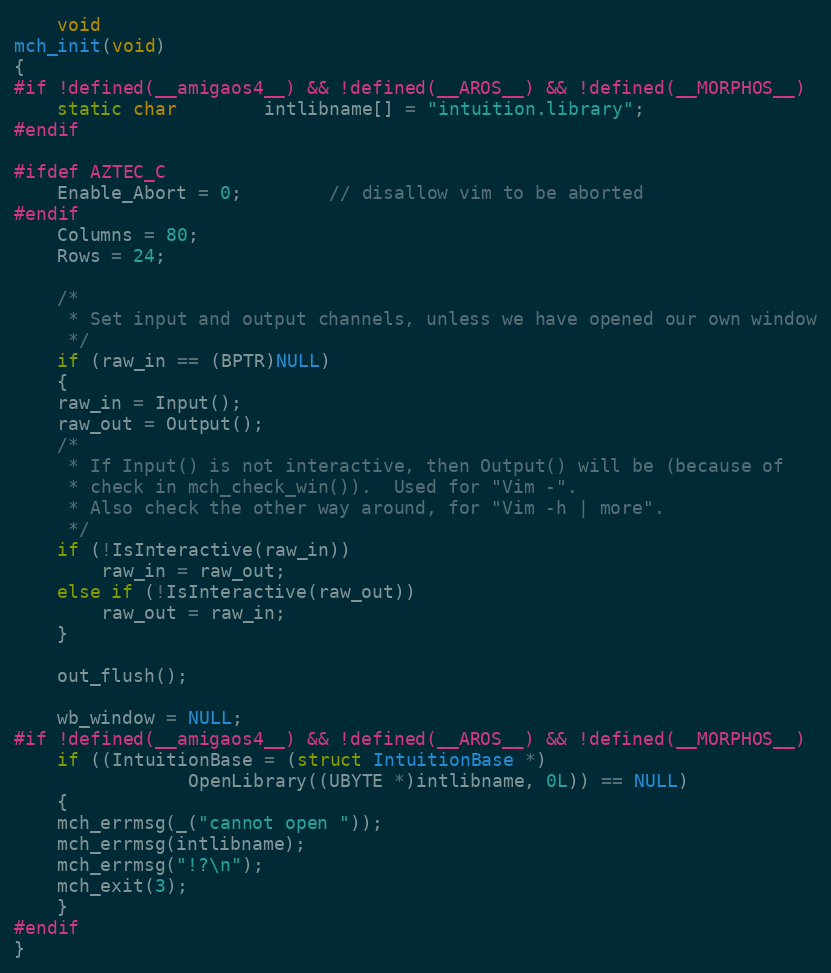
Language: C
    void
mch_init(void)
{
#if !defined(__amigaos4__) && !defined(__AROS__) && !defined(__MORPHOS__)
    static char	    intlibname[] = "intuition.library";
#endif

#ifdef AZTEC_C
    Enable_Abort = 0;		// disallow vim to be aborted
#endif
    Columns = 80;
    Rows = 24;

    /*
     * Set input and output channels, unless we have opened our own window
     */
    if (raw_in == (BPTR)NULL)
    {
	raw_in = Input();
	raw_out = Output();
	/*
	 * If Input() is not interactive, then Output() will be (because of
	 * check in mch_check_win()).  Used for "Vim -".
	 * Also check the other way around, for "Vim -h | more".
	 */
	if (!IsInteractive(raw_in))
	    raw_in = raw_out;
	else if (!IsInteractive(raw_out))
	    raw_out = raw_in;
    }

    out_flush();

    wb_window = NULL;
#if !defined(__amigaos4__) && !defined(__AROS__) && !defined(__MORPHOS__)
    if ((IntuitionBase = (struct IntuitionBase *)
				OpenLibrary((UBYTE *)intlibname, 0L)) == NULL)
    {
	mch_errmsg(_("cannot open "));
	mch_errmsg(intlibname);
	mch_errmsg("!?\n");
	mch_exit(3);
    }
#endif
}